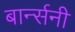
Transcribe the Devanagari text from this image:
बार्न्सनी